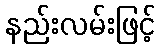
နည်းလမ်းဖြင့်